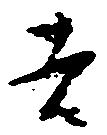
吉